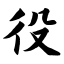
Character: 役